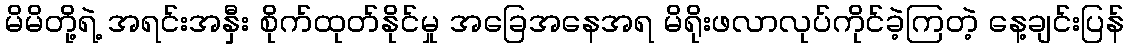
မိမိတို့ရဲ့ အရင်းအနှီး စိုက်ထုတ်နိုင်မှု အခြေအနေအရ မိရိုးဖလာလုပ်ကိုင်ခဲ့ကြတဲ့ နေ့ချင်းပြန်